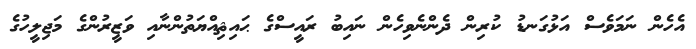
އެހެން ނަމަވެސް އަޅުގަނޑު ކުރިން ދެންނެވިހެން ނައިބު ރައީސްގެ ޙައިޘިއްޔަތުންނާއި ވަޒީރުންގެ މަޖިލީހުގެ